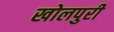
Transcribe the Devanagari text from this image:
खोलपुरी